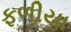
ફળીયા